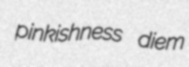
pinkishness diem